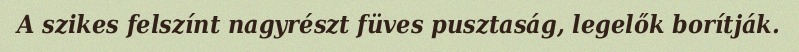
A szikes felszínt nagyrészt füves pusztaság, legelők borítják.